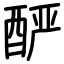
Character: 酽